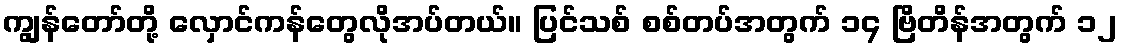
ကျွန်တော်တို့ လှောင်ကန်တွေလိုအပ်တယ်။ ပြင်သစ် စစ်တပ်အတွက် ၁၄ ဗြိတိန်အတွက် ၁၂